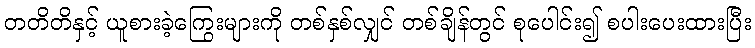
တတိတိနှင့် ယူစားခဲ့ကြွေးများကို တစ်နှစ်လျှင် တစ်ချိန်တွင် စုပေါင်း၍ စပါးပေးထားပြီး